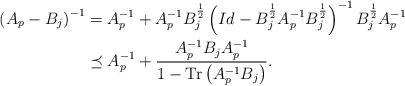
LaTeX: \begin{align*}\left( A_p -B_j\right)^{-1} &= A_p^{-1} + A_p^{-1}B_j^{\frac{1}{2}}\left( Id - B_j^{\frac{1}{2}}A_p^{-1}B_j^{\frac{1}{2}}\right)^{-1}B_j^{\frac{1}{2}}A_p^{-1}\\&\preceq A_p^{-1} + \frac{ A_p^{-1}B_jA_p^{-1}}{1-{\rm Tr}\left(A_p^{-1}B_j\right)}.\end{align*}